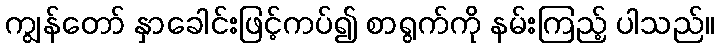
ကျွန်တော် နှာခေါင်းဖြင့်ကပ်၍ စာရွက်ကို နမ်းကြည့် ပါသည်။